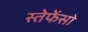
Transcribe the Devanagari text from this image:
स्तेफेंसों